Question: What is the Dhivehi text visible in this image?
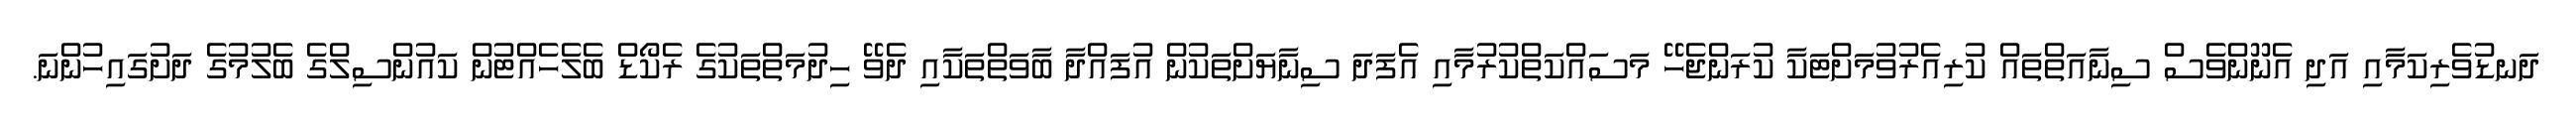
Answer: ދަނޑުވެރިކަމާއި އަދި އެނޫންވެސް ސިނާއަތްތައް ކުރިއެރުވުމަށްޓަކާ ކުރަންޖެހޭ މަސައްކަތްކުރުމާއި އެފަދަ ސިނާޔަށްތަކުން އުފައްދާ ބާވަތްތަކާއި ދެވޭ ހިދުމަތްތަކުގެ ރެކޯޑް ބެލެހެއްޓުން ކައުންސިލްގެ ބެލުމުގެ ދަށުގައިހުންނަ.